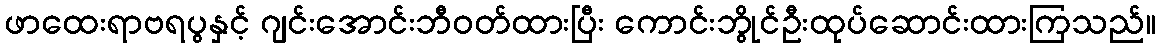
ဖာထေးရာဗရပွနှင့် ဂျင်းအောင်းဘီဝတ်ထားပြီး ကောင်းဘွိုင်ဦးထုပ်ဆောင်းထားကြသည်။